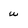
Character: u